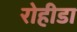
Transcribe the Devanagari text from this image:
रोहीडा